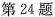
第24题